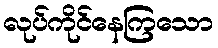
လုပ်ကိုင်နေကြသော